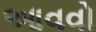
આવવો